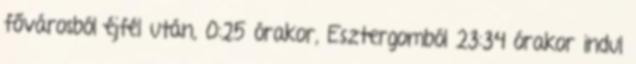
fővárosból éjfél után, 0:25 órakor, Esztergomból 23:34 órakor indul